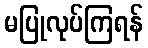
မပြုလုပ်ကြရန်